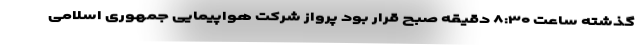
گذشته ساعت ۸:۳۰ دقیقه صبح قرار بود پرواز شرکت هواپیمایی جمهوری اسلامی